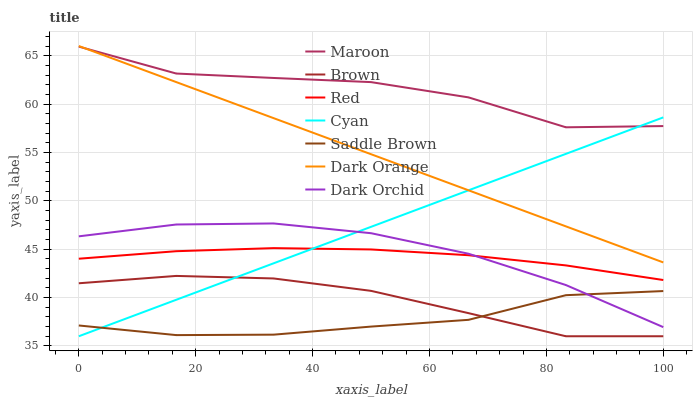
| xaxis_label | Maroon | Brown | Red | Cyan | Saddle Brown | Dark Orange | Dark Orchid |
 | --- | --- | --- | --- | --- | --- | --- | --- |
 | 0 | 65.9 | 41.5 | 44 | 36 | 37.1 | 66 | 46.3 |
 | 16.7 | 63.2 | 42.2 | 44.8 | 39.8 | 36.1 | 62.3 | 47.6 |
 | 33.3 | 62.7 | 42 | 45.1 | 43.5 | 36.2 | 58.5 | 47.7 |
 | 50 | 62.3 | 40.7 | 45 | 47.3 | 37 | 54.8 | 46.7 |
 | 66.7 | 60.7 | 38.4 | 44.4 | 51.1 | 37.7 | 51.1 | 44.5 |
 | 83.3 | 57.6 | 36 | 43.3 | 54.9 | 40.2 | 47.4 | 41.3 |
 | 100 | 57.7 | 36 | 41.8 | 58.6 | 40.7 | 43.6 | 36.9 |